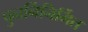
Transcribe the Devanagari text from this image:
पुनर्निनिर्मित